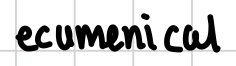
Text: ecumenical
Cross-out: clean
Writing tool: digital_black